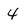
Character: 4